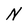
Character: N